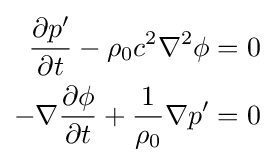
{\begin{aligned}{\frac {\partial p'}{\partial t}}-\rho _{0}c^{2}\nabla ^{2}\phi &=0\\-\nabla {\frac {\partial \phi }{\partial t}}+{\frac {1}{\rho _{0}}}\nabla p'&=0\end{aligned}}